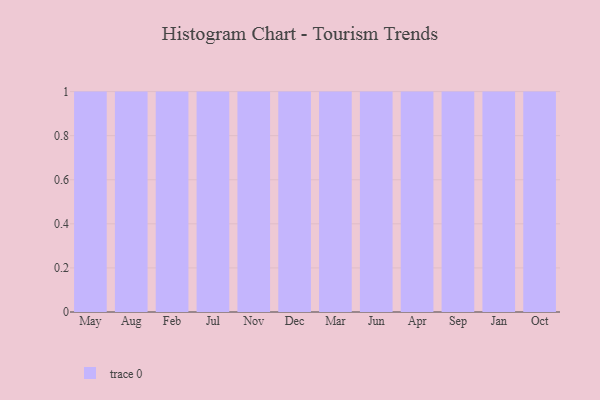
{"axis": {"x": "Month", "y": "Demand Index"}, "legend": [""], "data": [{"x": "May", "y": 79, "type": ""}, {"x": "Aug", "y": 63, "type": ""}, {"x": "Feb", "y": 47, "type": ""}, {"x": "Jul", "y": 2, "type": ""}, {"x": "Nov", "y": 7, "type": ""}, {"x": "Dec", "y": 3, "type": ""}, {"x": "Mar", "y": 2, "type": ""}, {"x": "Jun", "y": 78, "type": ""}, {"x": "Apr", "y": 83, "type": ""}, {"x": "Sep", "y": 89, "type": ""}, {"x": "Jan", "y": 93, "type": ""}, {"x": "Oct", "y": 15, "type": ""}]}